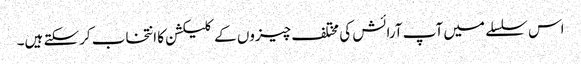
اس سلسلے میں آپ آرائش کی مختلف چیزوں کے کلیکشن کا انتخاب کرسکتے ہیں۔